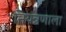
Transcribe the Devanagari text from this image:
नियंत्रणाला